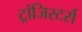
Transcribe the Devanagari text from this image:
ट्रांजिस्टर्स